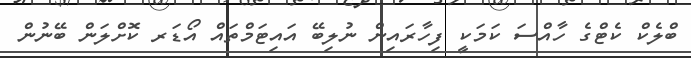
ބްލެކް ކެޓްގެ ހާއްސަ ކަމަކީ ފިހާރައިން ނުލިބޭ އައިޓަމްތައް އޯޑަރ ކޮށްލަން ބޭނުން